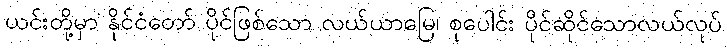
ယင်းတို့မှာ နိုင်ငံတော် ပိုင်ဖြစ်သော လယ်ယာမြေ၊ စုပေါင်း ပိုင်ဆိုင်သောလယ်လုပ်